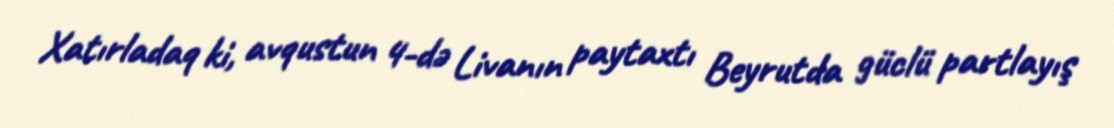
Xatırladaq ki, avqustun 4-də Livanın paytaxtı Beyrutda güclü partlayış